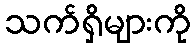
သက်ရှိများကို